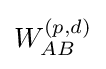
W_{AB}^{(p,d)}